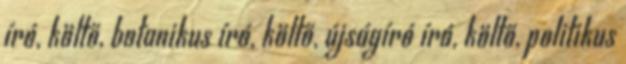
író, költő, botanikus író, költő, újságíró író, költő, politikus